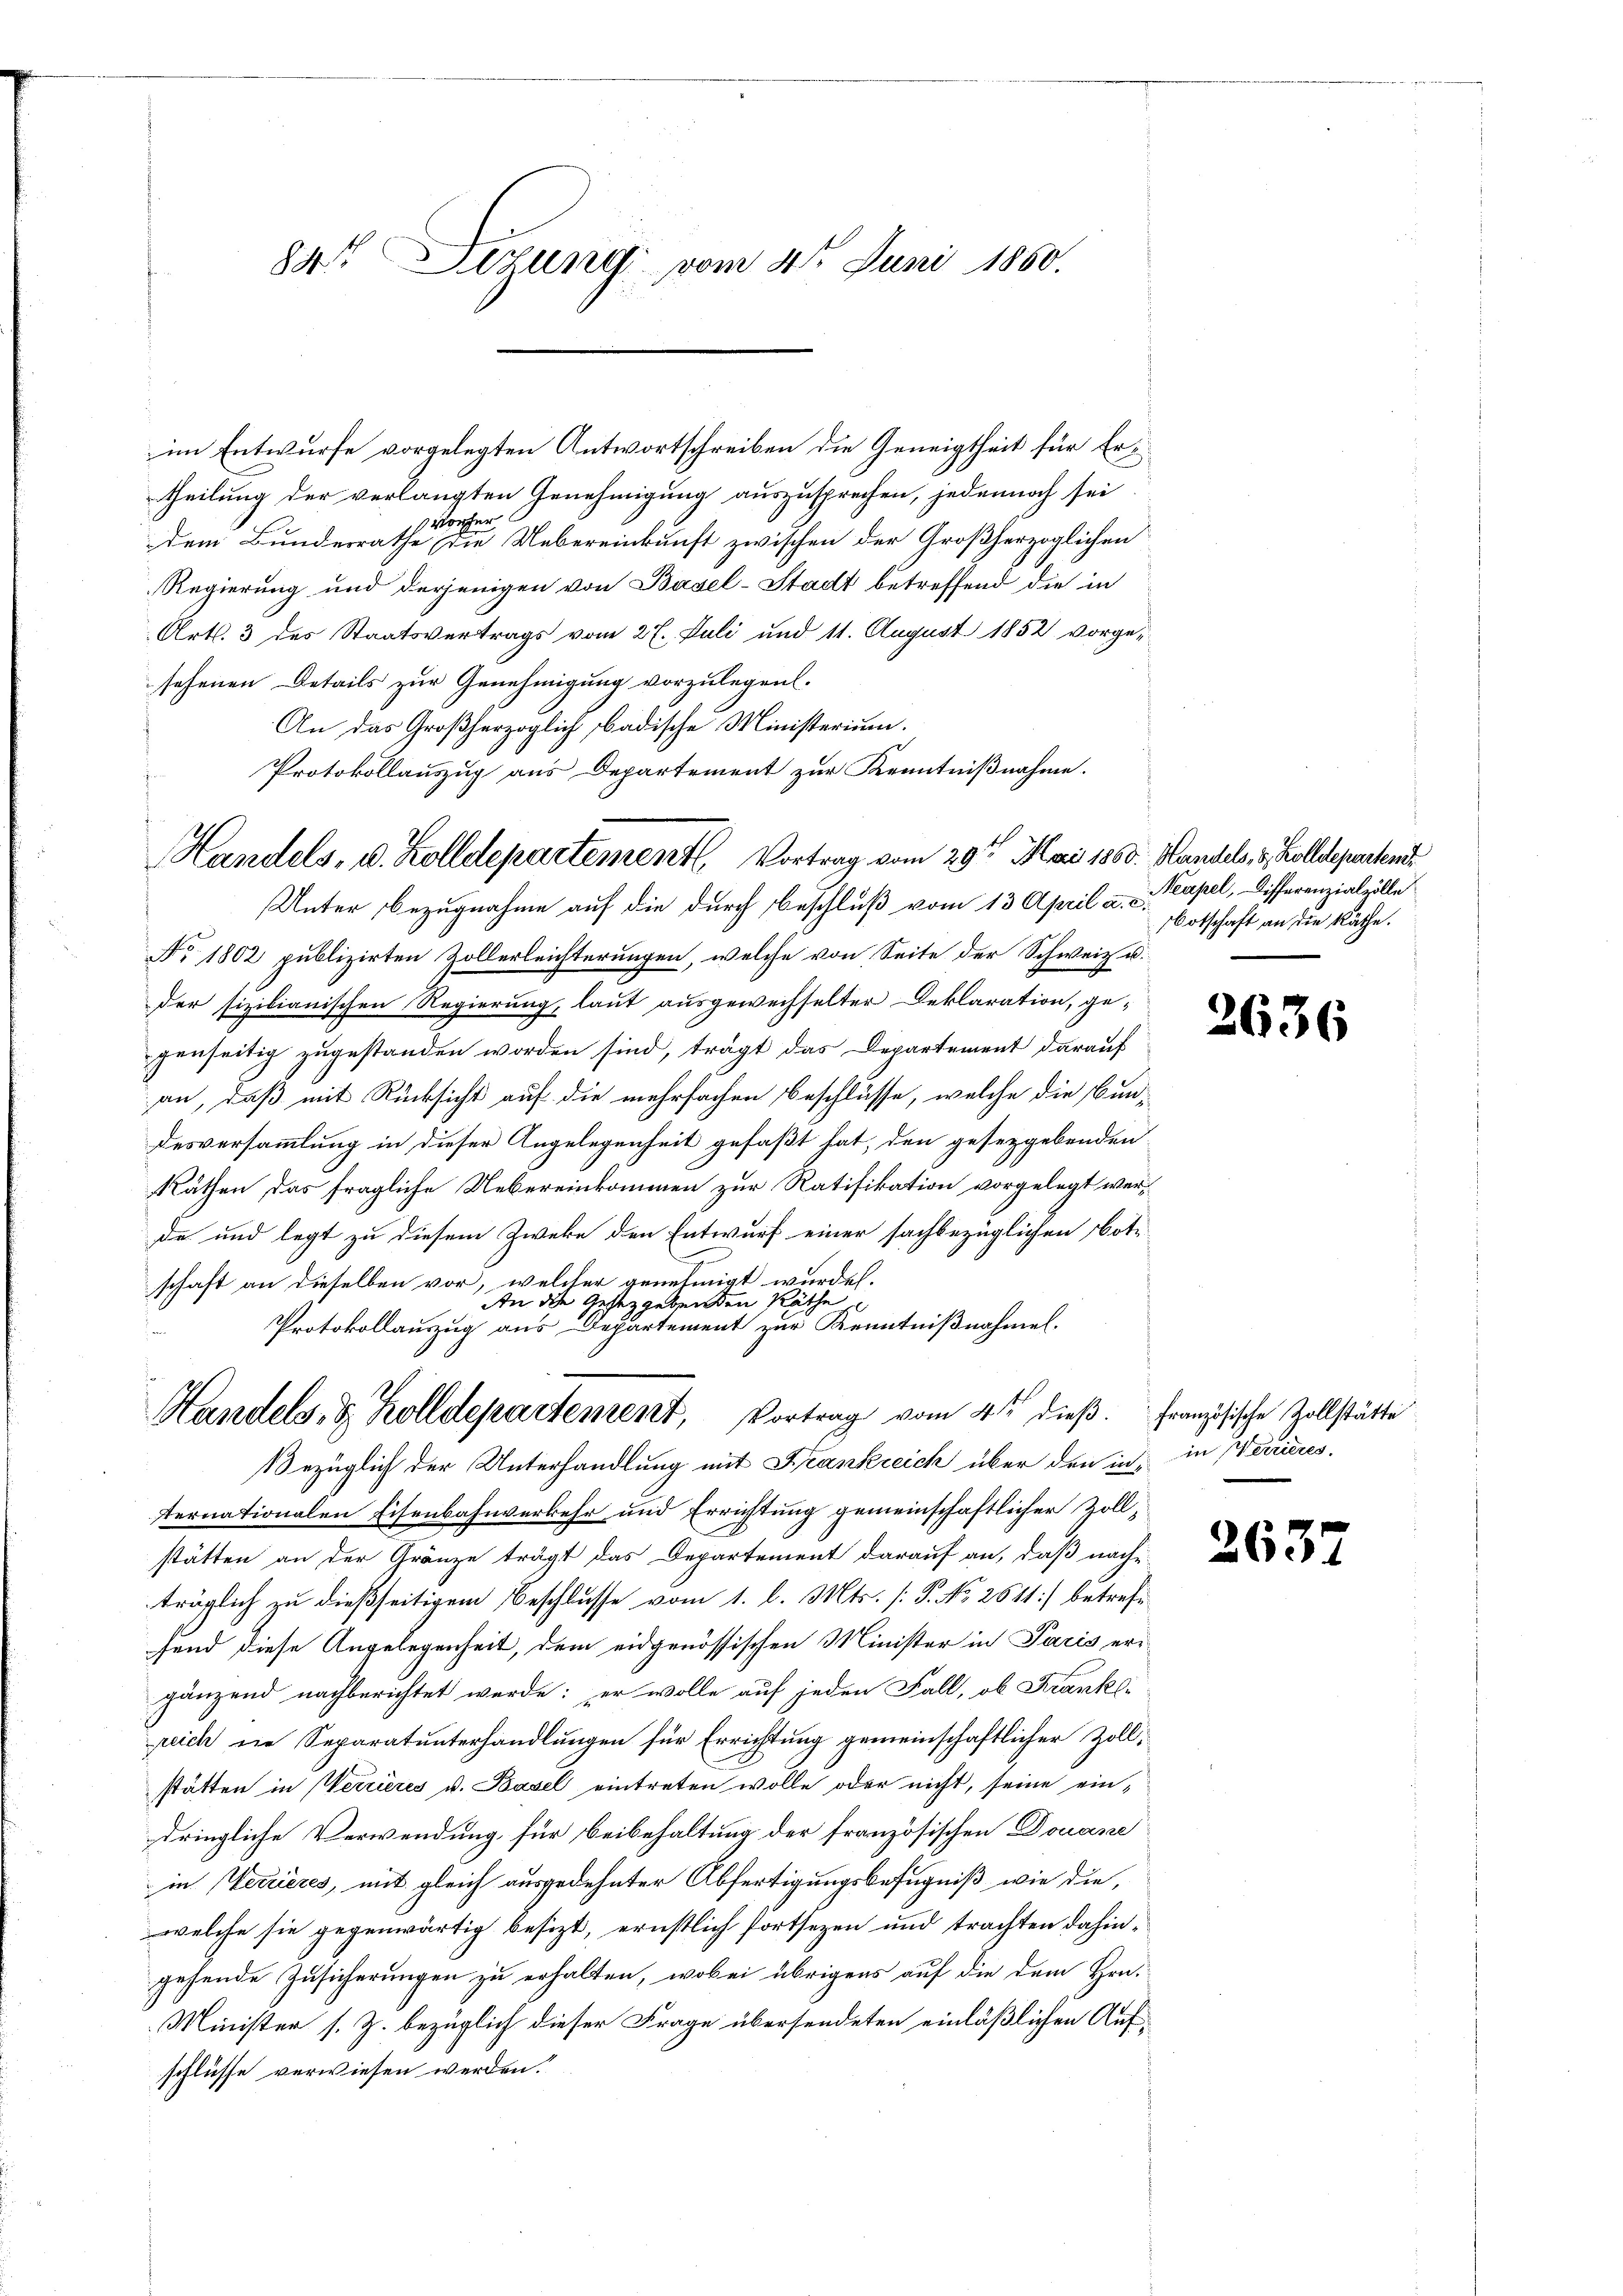
84 Dezung vom 4ten Juni 1860.

im Entwurfe vorgelegten Antwortschreiben die Geneigtheit für Ertheilung der verlangten Genehmigung auszusprechen, jedennoch sei
vorher
dem Bundesrathe die Uebereinkunft zwischen der Großherzoglichen
Regierung und derjenigen von Basel-Stadt betreffend die in
Art. 3 des Staatsvertrags vom 27. Juli und 11. August 1852 vorgesehenen Details zur Genehmigung vorzulegen.
An das Großherzoglich badische Ministerium.
Protokollauszug aus Departement zur Kenntnißnahme.
Unter Bezugnahme auf die durch beschluß vom 13. April a. c.
No 1802 publizirten Zollerleichterungen, welche von Seite der Schweiz u.
der sizilianischen Regierung, laut ausgewechselter Deklaration, ge-
genseitig zugestanden worden sind, trägt das Departement darauf
an, daß mit Rücksicht auf die mehrfachen beschlüsse, welche die Bundesversammlung in dieser Angelegenheit gefaßt hat, den gesetzgebenden
Räthen das fragliche Uebereinkommen zur Ratifikation vorgelegt werde und legt zu diesem Zweke den Entwurf einer sachbezüglichen Bote
schaft an dieselben vor, welcher genehmigt wurde.
An die Gesetzgebenden Räthe
Protokollauszug aus Departement zur Kenntnißnahmen.
.
Handels- & Zolldepartement, Vortrag vom 4ten dieß. Französische Zollstätte
bezüglich der Unterhandlung mit Frankreich über den in in Werrieres.
ternationalen Eisenbahnverkehr und Errichtung gemeinschaftlicher Zollstätten an der Gränze trägt das Departement darauf an, daß nache
träglich zu dießseitigem Beschlusse vom 1. l. Mts. [P. No 2611) betrefffend diese Angelegenheit, dem eidgenössischen Minister in Paris ergänzend nachberichtet werde: er wolle auf jeden Fall, ob Krank-
peich in Separatunterhandlungen für Errichtung gemeinschaftlicher Zollstätten in Werrieres u. Basel eintreten wolle oder nicht, seine eindringliche Verwendung für beibehaltung der französischen Douane
in Verrieres, mit gleich ausgedehnter Abfertigungsbefugniß, wie die,
welche sie gegenwärtig besizt, ernstlich fortsezen und trachten dahingehende Zusicherungen zu erhalten, wobei übrigens auf die dem Hrn.
Minister s. Z. bezüglich dieser Frage übersendeten einläßlichen Aufschlüsse verwiesen werden.

Handels- u. Zolldepartement, Vortrag vom 29ten Mai 1868. Handels, 8 Zolldepartend

Neapel, Differenzialzölle
Botschaft an die Räthe.

2636

2637